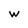
Character: w